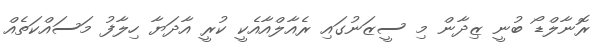
ރޮނާލްޑޯ ބުނީ ޒިދާން މި ސީޒަނުގައި ރެއާލްއާއެކީ ކުރީ އާދަޔާ ހިލާފު މަސައްކަތެއް